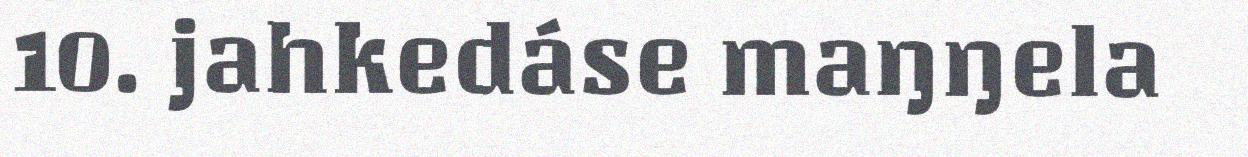
10. jahkedáse maŋŋela